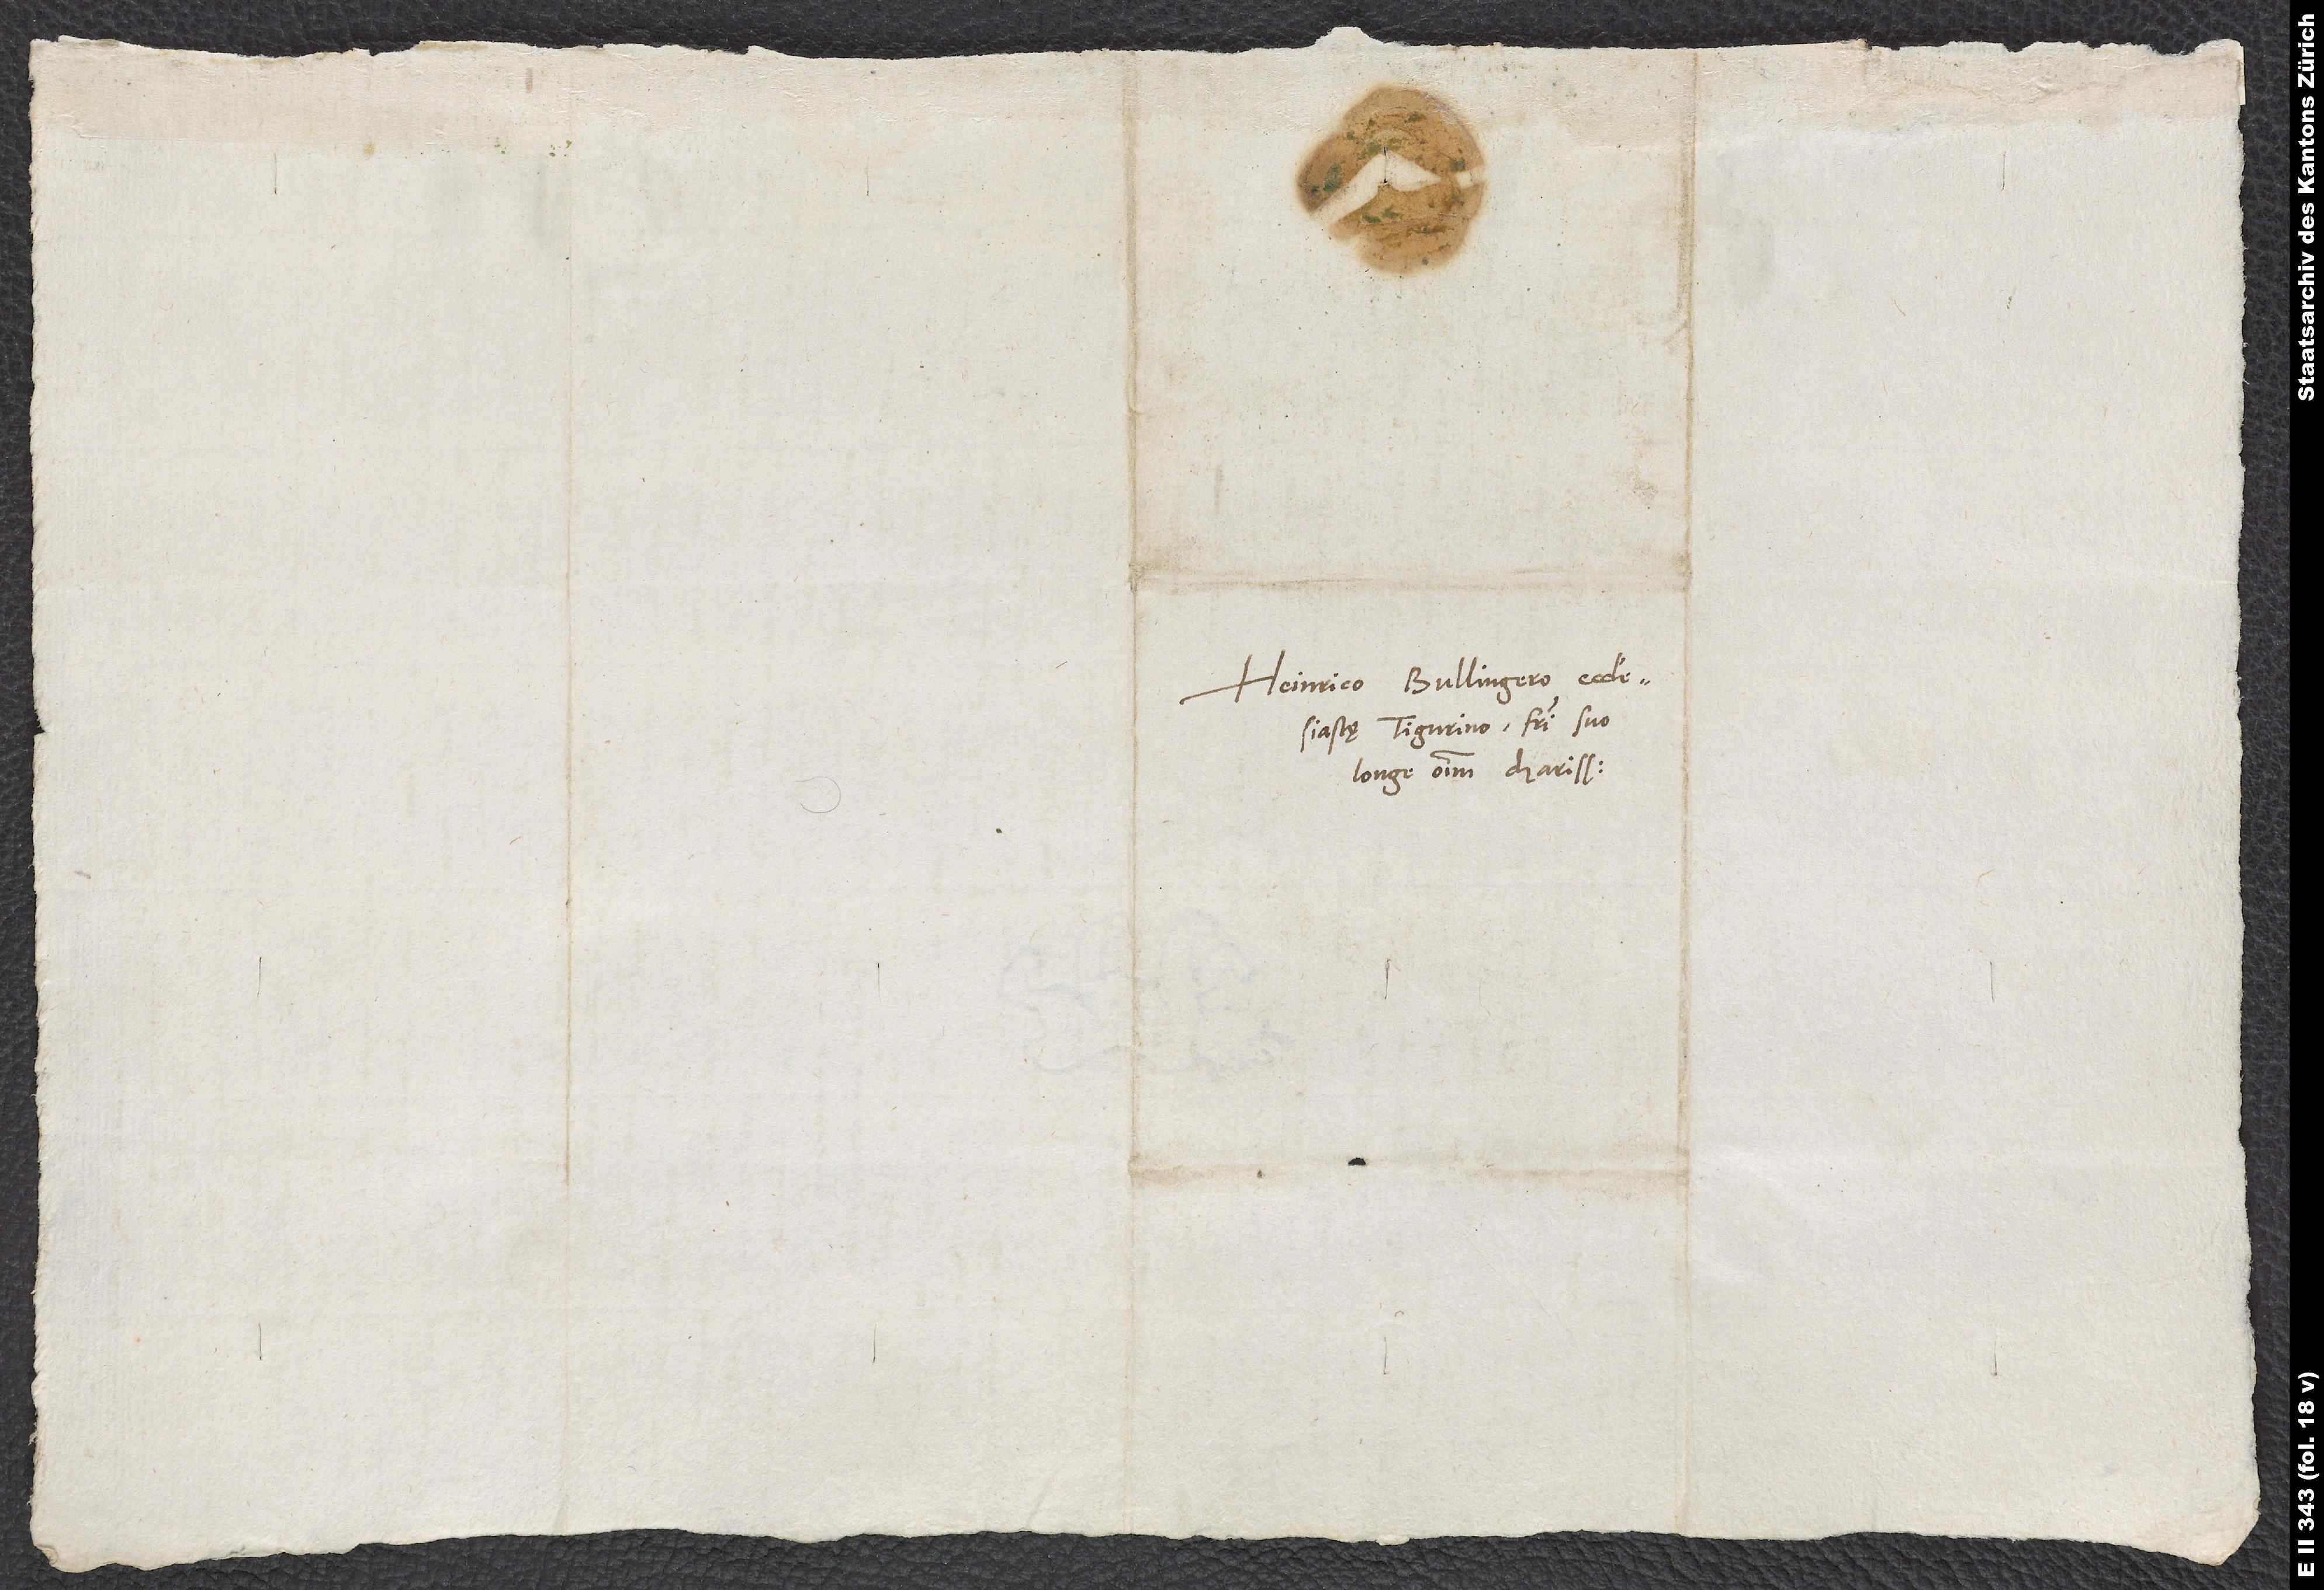
Heinrico Bullingero, ecclesiastę
Tigurino, fratri suo
longe omnium charissimo.